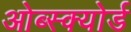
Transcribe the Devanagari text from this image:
ओब्स्क्योर्ड